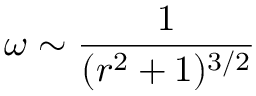
\omega \sim \frac { 1 } { ( r ^ { 2 } + 1 ) ^ { 3 / 2 } }